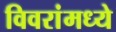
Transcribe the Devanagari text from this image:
विवरांमध्ये